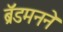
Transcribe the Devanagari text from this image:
ब्रॅडमनने